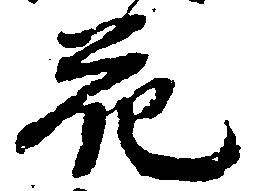
花